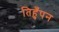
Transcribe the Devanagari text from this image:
तिहुँपन